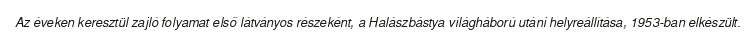
Az éveken keresztül zajló folyamat első látványos részeként, a Halászbástya világháború utáni helyreállítása, 1953-ban elkészült.